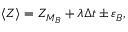
\langle Z \rangle = Z _ { M _ { B } } + \lambda \Delta t \pm \varepsilon _ { B } ,